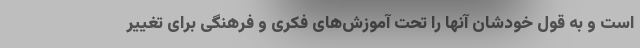
است و به قول خودشان آنها را تحت آموزش‌های فکری و فرهنگی برای تغییر